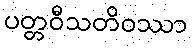
ပတ္တဝီသတိဝဿာ